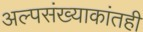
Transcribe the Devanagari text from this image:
अल्पसंख्याकांतही